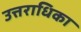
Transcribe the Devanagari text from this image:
उत्तराधिका